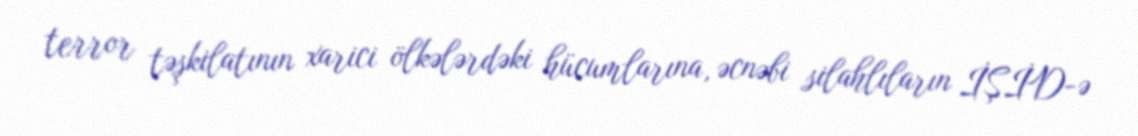
terror təşkilatının xarici ölkələrdəki hücumlarına, əcnəbi silahlıların İŞİD-ə